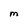
Character: M